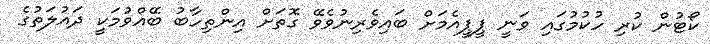
ކޯޓުން ކުރި ހުކުމުގައި ވަނީ ޕީޕީއެމަށް ބައިވެރިނުވެވޭ ގޮތަށް އިންތިހާބު ބޭއްވުމަކީ ދައުލަތުގެ